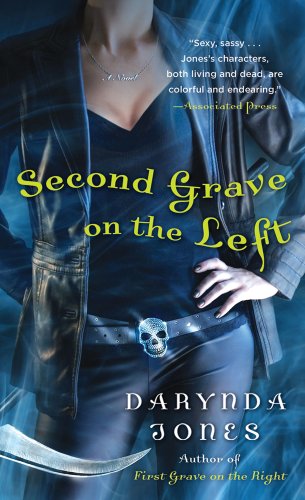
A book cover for Second Grave on the Left (Charley Davidson Series); Darynda Jones; Mystery, Thriller & Suspense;